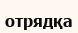
отрядқа